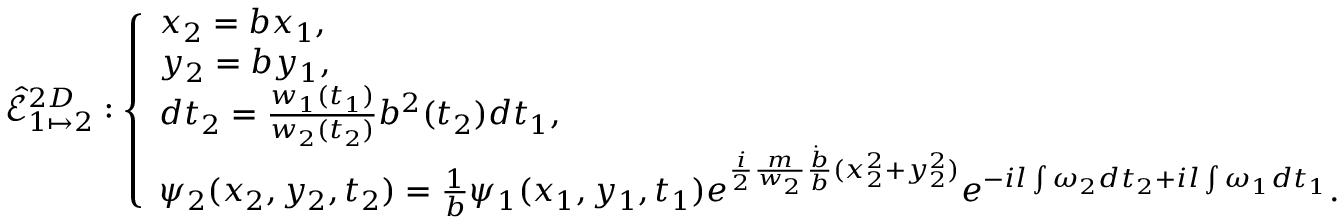
\hat { \mathcal { E } } _ { 1 \mapsto 2 } ^ { 2 D } : \left\{ \begin{array} { l l } { x _ { 2 } = b x _ { 1 } , } \\ { y _ { 2 } = b y _ { 1 } , } \\ { d t _ { 2 } = \frac { w _ { 1 } ( t _ { 1 } ) } { w _ { 2 } ( t _ { 2 } ) } b ^ { 2 } ( t _ { 2 } ) d t _ { 1 } , } \\ { \psi _ { 2 } ( x _ { 2 } , y _ { 2 } , t _ { 2 } ) = \frac { 1 } { b } \psi _ { 1 } ( x _ { 1 } , y _ { 1 } , t _ { 1 } ) e ^ { \frac { i } { 2 } \frac { m } { w _ { 2 } } \frac { \dot { b } } { b } ( x _ { 2 } ^ { 2 } + y _ { 2 } ^ { 2 } ) } e ^ { - i l \int \omega _ { 2 } d t _ { 2 } + i l \int \omega _ { 1 } d t _ { 1 } } . } \end{array} \right.